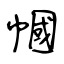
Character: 幗